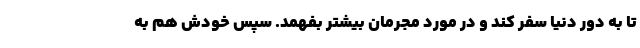
تا به دور دنیا سفر کند و در مورد مجرمان بیشتر بفهمد. سپس خودش هم به